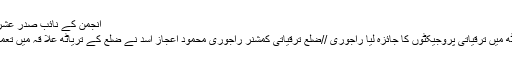
انجمن کے نائب صدر عشرت حسین بٹ اور صوبائی
ڈی سی راجوری نے تریاٹھ میں ترقیاتی پروجیکٹوں کا جائزہ لیا راجوری //ضلع ترقیاتی کمشنر راجوری محمود اعجاز اسد نے ضلع کے تریاٹھ علا قہ میں تعمیر اتی کاموں کا جائزہ لیا ۔